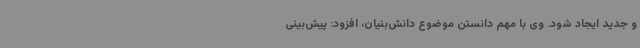
و جدید ایجاد شود. وی با مهم دانستن موضوع دانش‌بنیان، افزود: پیش‌بینی